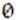
0